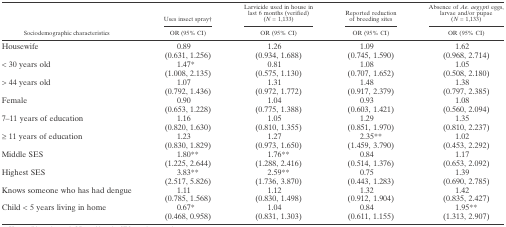
<table><thead><tr><td rowspan="2"><b>Sociodemographic characteristics</b></td><td><b>Uses insect spray†</b></td><td><b>Larvicide used in house in last 6 months (verified) (<i>N</i> = 1,133)</b></td><td><b>Reported reduction of breeding sites</b></td><td><b>Absence of <i>Ae. aegypti</i> eggs, larvae and/or pupae (<i>N</i> = 1,133)</b></td></tr><tr><td><b>OR (95% CI)</b></td><td><b>OR (95% CI)</b></td><td><b>OR (95% CI)</b></td><td><b>OR (95% CI)</b></td></tr></thead><tbody><tr><td rowspan="2">Housewife</td><td>0.89</td><td>1.26</td><td>1.09</td><td>1.62</td></tr><tr><td>(0.631, 1.256)</td><td>(0.934, 1.688)</td><td>(0.745, 1.590)</td><td>(0.968, 2.714)</td></tr><tr><td rowspan="2">&lt; 30 years old</td><td>1.47*</td><td>0.81</td><td>1.08</td><td>1.05</td></tr><tr><td>(1.008, 2.135)</td><td>(0.575, 1.130)</td><td>(0.707, 1.652)</td><td>(0.508, 2.180)</td></tr><tr><td rowspan="2">&gt; 44 years old</td><td>1.07</td><td>1.31</td><td>1.48</td><td>1.38</td></tr><tr><td>(0.792, 1.436)</td><td>(0.972, 1.772)</td><td>(0.917, 2.379)</td><td>(0.797, 2.385)</td></tr><tr><td rowspan="2">Female</td><td>0.90</td><td>1.04</td><td>0.93</td><td>1.08</td></tr><tr><td>(0.653, 1.228)</td><td>(0.775, 1.388)</td><td>(0.603, 1.421)</td><td>(0.560, 2.094)</td></tr><tr><td rowspan="2">7–11 years of education</td><td>1.16</td><td>1.05</td><td>1.29</td><td>1.35</td></tr><tr><td>(0.820, 1.630)</td><td>(0.810, 1.355)</td><td>(0.851, 1.970)</td><td>(0.810, 2.237)</td></tr><tr><td rowspan="2">≥ 11 years of education</td><td>1.23</td><td>1.27</td><td>2.35**</td><td>1.02</td></tr><tr><td>(0.830, 1.829)</td><td>(0.973, 1.650)</td><td>(1.459, 3.790)</td><td>(0.453, 2.292)</td></tr><tr><td rowspan="2">Middle SES</td><td>1.80**</td><td>1.76**</td><td>0.84</td><td>1.17</td></tr><tr><td>(1.225, 2.644)</td><td>(1.288, 2.416)</td><td>(0.514, 1.376)</td><td>(0.653, 2.092)</td></tr><tr><td rowspan="2">Highest SES</td><td>3.83**</td><td>2.59**</td><td>0.75</td><td>1.39</td></tr><tr><td>(2.517, 5.826)</td><td>(1.736, 3.870)</td><td>(0.443, 1.283)</td><td>(0.690, 2.785)</td></tr><tr><td rowspan="2">Knows someone who has had dengue</td><td>1.11</td><td>1.12</td><td>1.32</td><td>1.42</td></tr><tr><td>(0.785, 1.568)</td><td>(0.830, 1.498)</td><td>(0.912, 1.904)</td><td>(0.835, 2.427)</td></tr><tr><td rowspan="2">Child &lt; 5 years living in home</td><td>0.67*</td><td>1.04</td><td>0.84</td><td>1.95**</td></tr><tr><td>(0.468, 0.958)</td><td>(0.831, 1.303)</td><td>(0.611, 1.155)</td><td>(1.313, 2.907)</td></tr></tbody></table>